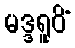
မဒ္ဒရူပိံ